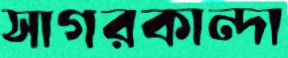
সাগরকান্দা